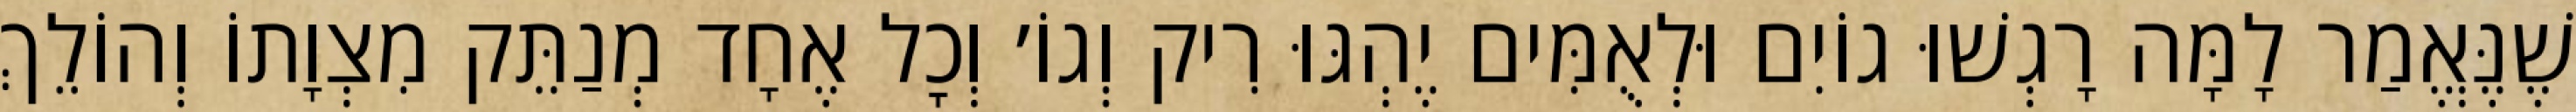
שֶׁנֶּאֱמַר לָמָּה רָגְשׁוּ גוֹיִם וּלְאֻמִּים יֶהְגּוּ רִיק וְגוֹ׳ וְכׇל אֶחָד מְנַתֵּק מִצְוָתוֹ וְהוֹלֵךְ